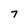
Character: 7